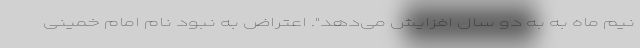
نیم ماه به به دو سال افزایش می‌دهد". اعتراض به نبود نام امام خمینی